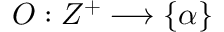
{ \cal O } : Z ^ { + } \longrightarrow \{ \alpha \}